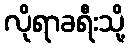
လိုရာခရီးသို့